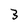
Character: 3